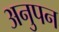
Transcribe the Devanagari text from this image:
अनुपन